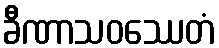
ခီဏာသဝဿေတံ